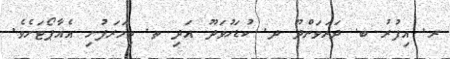
ރ. އިފުރު ބ. ދަރަވަންދޫ ދ. ކުޑަހުވަދޫ އަދި ތ. ތިމަރަފުށި އެއާޕޯޓަށެވެ.